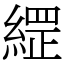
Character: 䌉